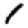
Digit: 1